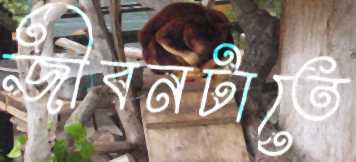
জীবনটাতে